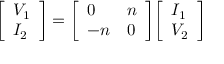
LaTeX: { \left[ \begin{array} { l } { V _ { 1 } } \\ { I _ { 2 } } \end{array} \right] } = { \left[ \begin{array} { l l } { 0 } & { n } \\ { - n } & { 0 } \end{array} \right] } { \left[ \begin{array} { l } { I _ { 1 } } \\ { V _ { 2 } } \end{array} \right] }